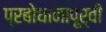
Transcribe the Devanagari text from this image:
प्रबोधानापूर्वी